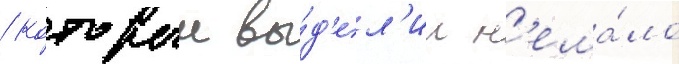
/ которыи вы́д'ел'ил н'ема́ло